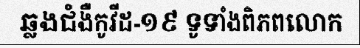
ឆ្លងជំងឺកូវីដ-១៩ ទូទាំងពិភពលោក